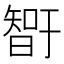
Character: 𰖨